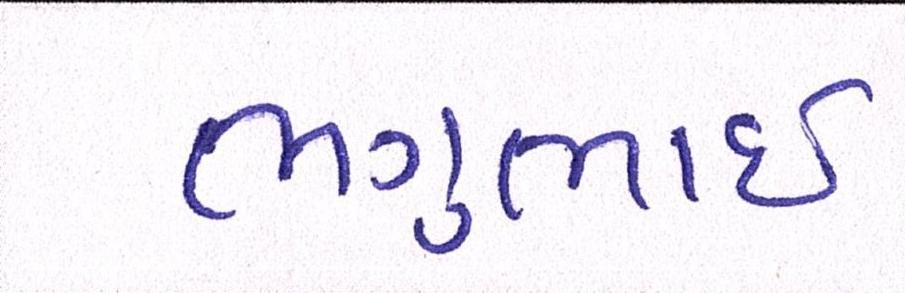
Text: ભગુભાઇ